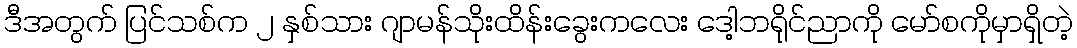
ဒီအတွက် ပြင်သစ်က ၂ နှစ်သား ဂျာမန်သိုးထိန်းခွေးကလေး ဒေါ့ဘရိုင်ညာကို မော်စကိုမှာရှိတဲ့